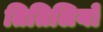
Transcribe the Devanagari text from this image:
तितिलियों